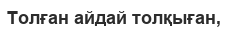
Толған айдай толқыған,